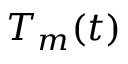
T _ { m } ( t )